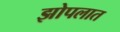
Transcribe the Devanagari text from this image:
झोपलात